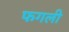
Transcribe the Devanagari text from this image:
फगली